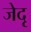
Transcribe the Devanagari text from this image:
जेदृ